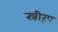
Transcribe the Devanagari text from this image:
स्त्रीरूप